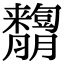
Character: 𦣓